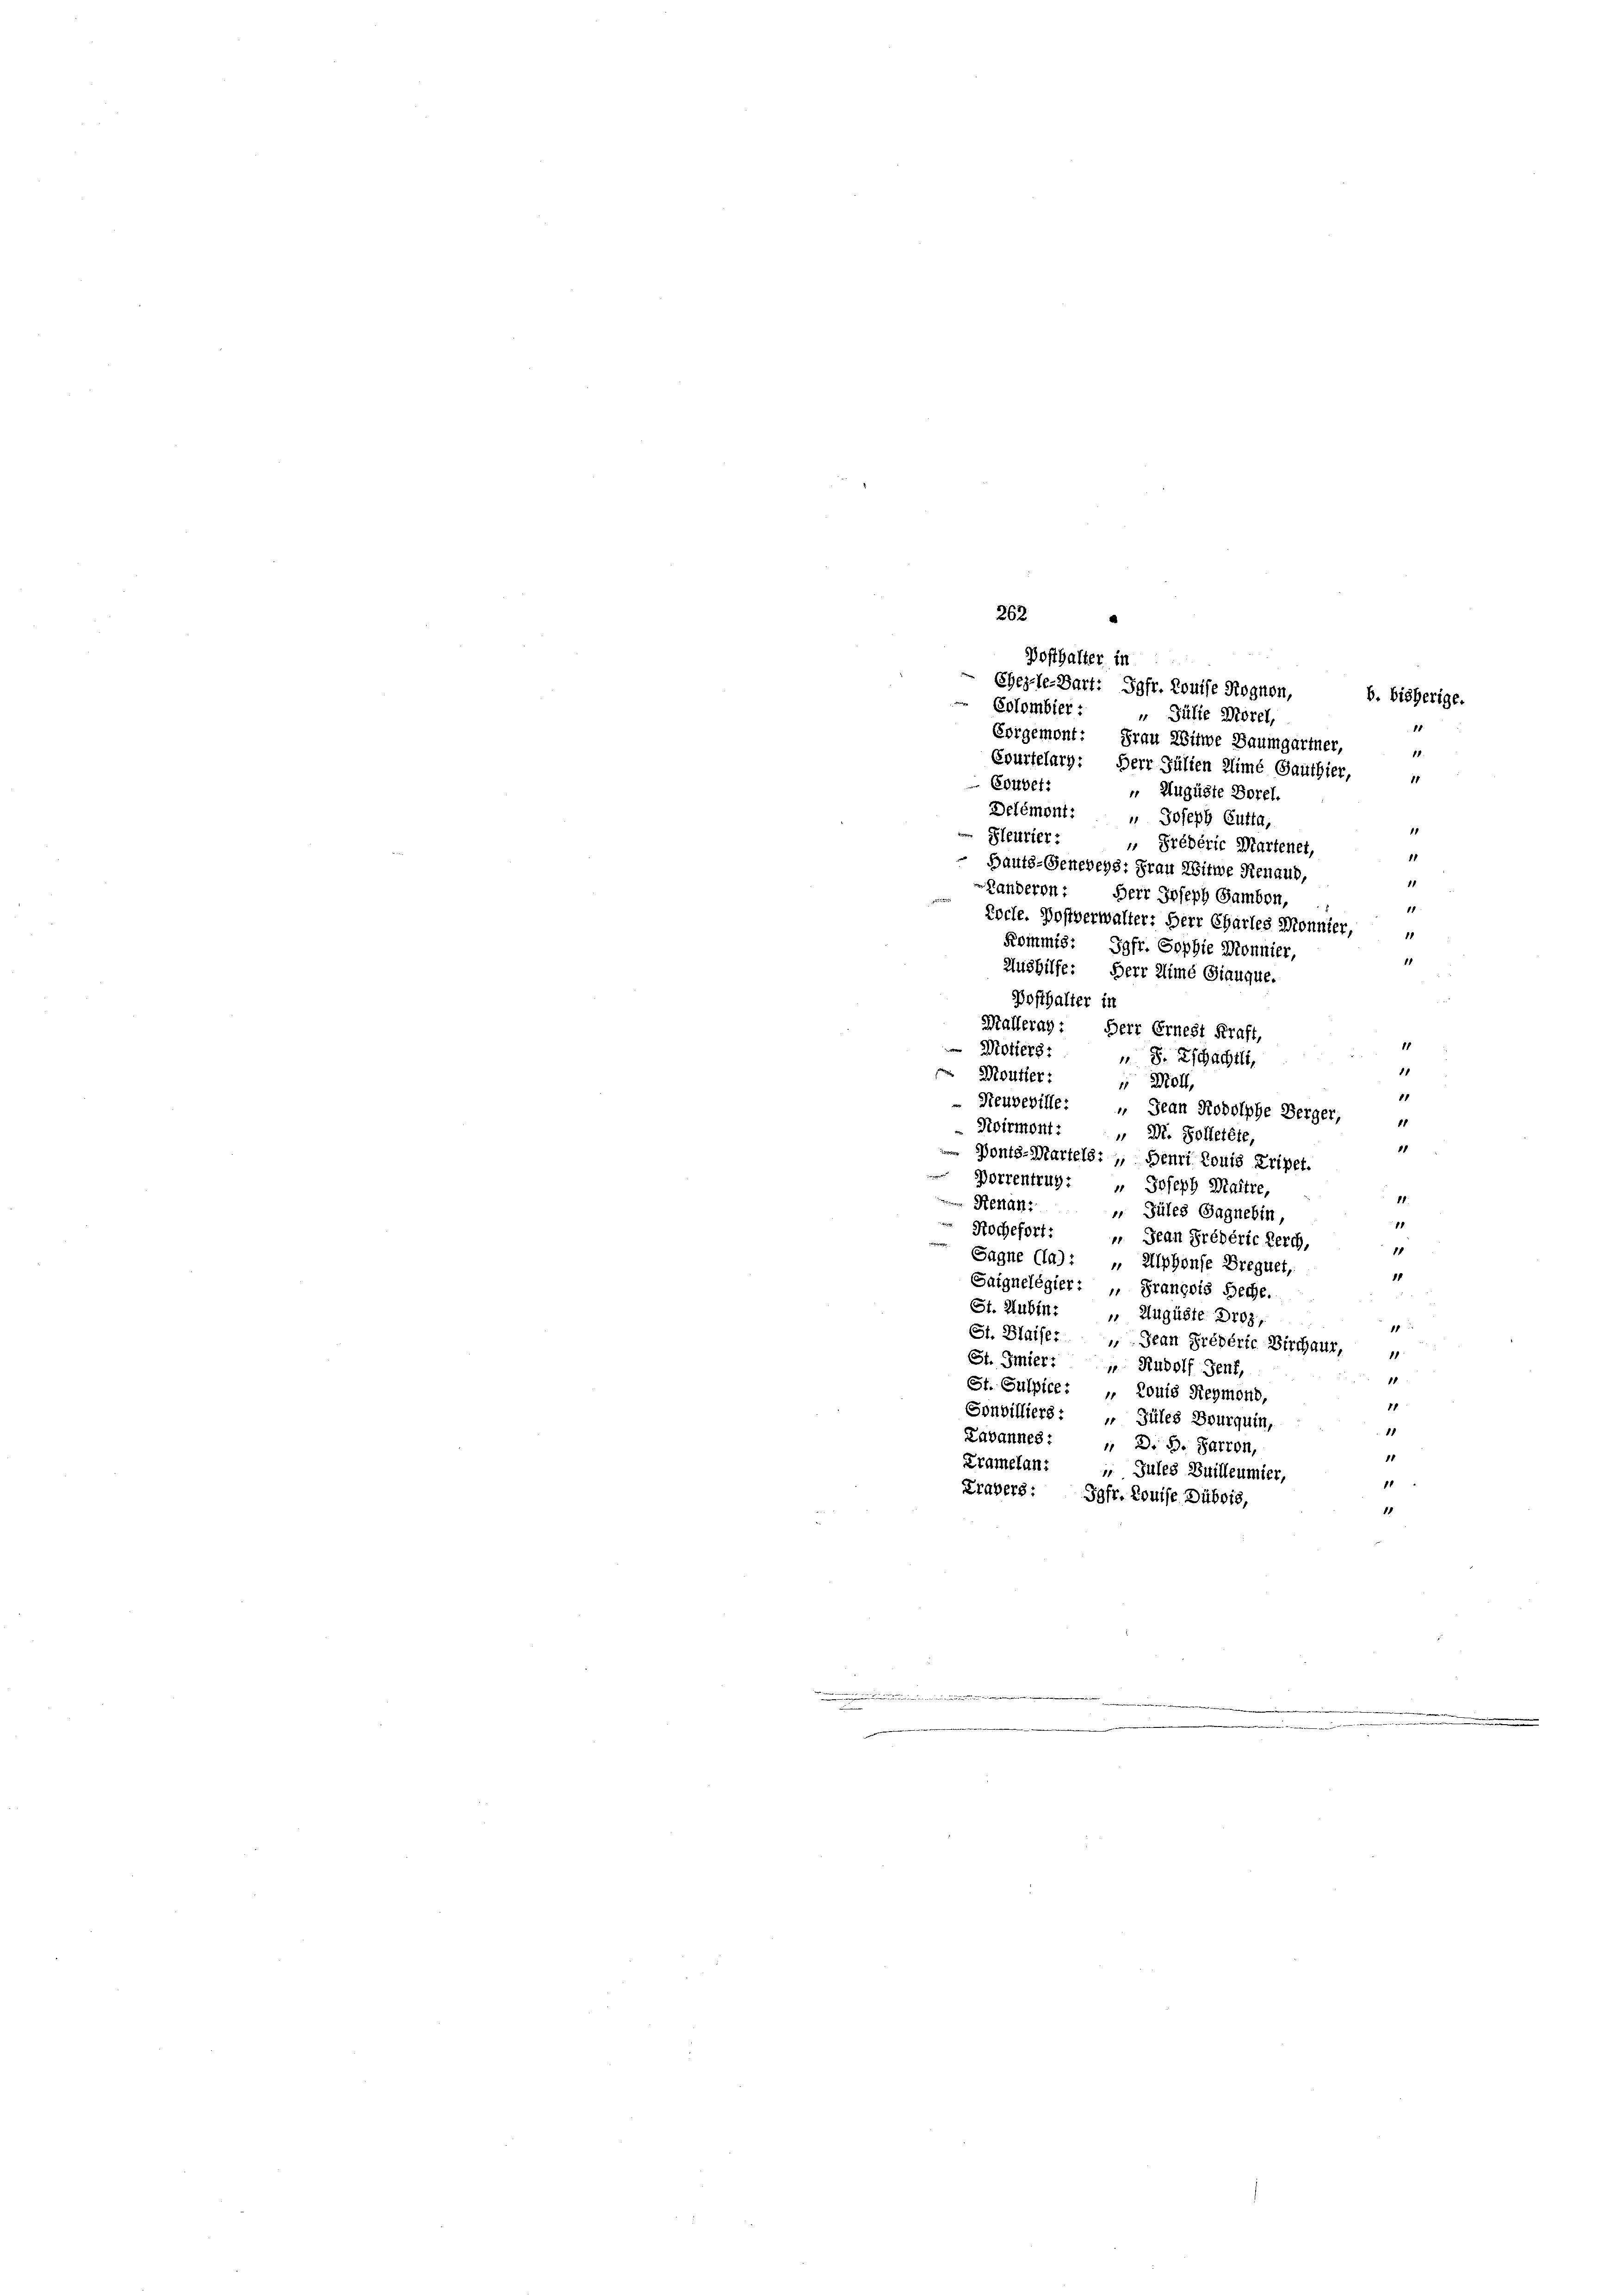
262
b. bisherige.
1
Vergemont: Frau Witwe Baumgartner,
18.
Courtelarg: Herr Julien Zimé Gauthier,
11
Coubetr
Augüste Borel.
Delémont: " Joseph Cutta,
Sleurier:
 Préderie Martenet,
11
Baute-Geneveys: Frau Witwe Renaud,
11
Landeren: Herr Joseph Gamben,
11
Koche. Postverwalter: Herr Charles Monnier,
1
Kommis: Jgfr. Sophie Monnier,
1
Aushilfe: Herr Zimé Giauque.
Posthalter in
Mallerag: Herr Ernest Kraft,
Motiers:
u S. Zschacht,
11
 Moutier:
 Moll,
11
Neuveville: „ Jean Rodolphe Berger,
11
Dirmont:
" Dr. Solletete,
11
 Ponts-Martels: ,, Benri Louis Tripet.
Borrentrug: " Joseph Maitre,
Renan
 Süles Sagnebin,
Rochefort: „Jean Prédéric Lerch,
11
Sagne Cla): „Alphonse Brequet,
1
Saignelégier: " François Beche.
St. Hubin: „ Auguste Droz,
1
St. Blaise: „ Jean Prédéric Birchaur,
St. Gmier: " Rudolf Senf,
1
St. Sulpice: „ Louis Reymond,
11
Sonvilliers: „Güles Bourquin,
18
Labannes: „ D. S. Parron,
11
Kramelan: „ Jules Suilleumier,
10
Drapers: Jofr. Louise Dubois,
18

Posthalter in
Ehezle-Bart: Jgfr. Louise Rognen,
Eolombier:
 Jülie Morel,